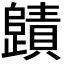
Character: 𭭻